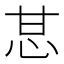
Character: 𰢧